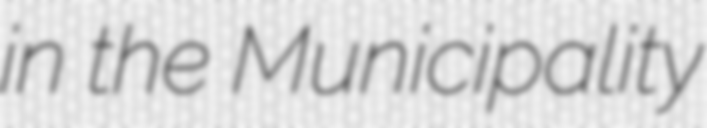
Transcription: in the Municipality